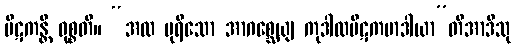
ပိဋကန္တိ ဝုစ္စတိ။ “အထ ပုရိသော အာဂစ္ဆေယျ ကုဒါလပိဋကမာဒါယာ”တိအာဒီသု